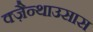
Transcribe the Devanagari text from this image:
क्ज़ैन्थाउसास